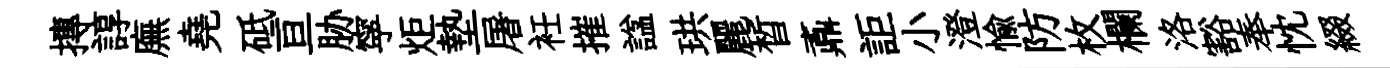
摶諄廡堯砥亘胁寜炬墊屠衽摧諡珙麗晳鼒詎小澄愉防枚欄洛豁奉忱綴